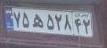
۷۵ه۵۲۸۴۲